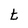
Character: t